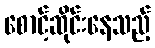
စောင့်ဆိုင်းနေသည့်